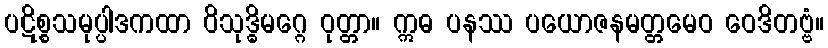
ပဋိစ္စသမုပ္ပါဒကထာ ဝိသုဒ္ဓိမဂ္ဂေ ဝုတ္တာ။ ဣဓ ပနဿ ပယောဇနမတ္တမေဝ ဝေဒိတဗ္ဗံ။